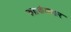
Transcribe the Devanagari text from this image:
रुद्रकंठवार